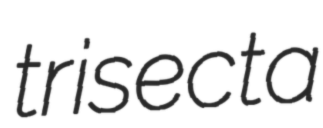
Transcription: trisecta